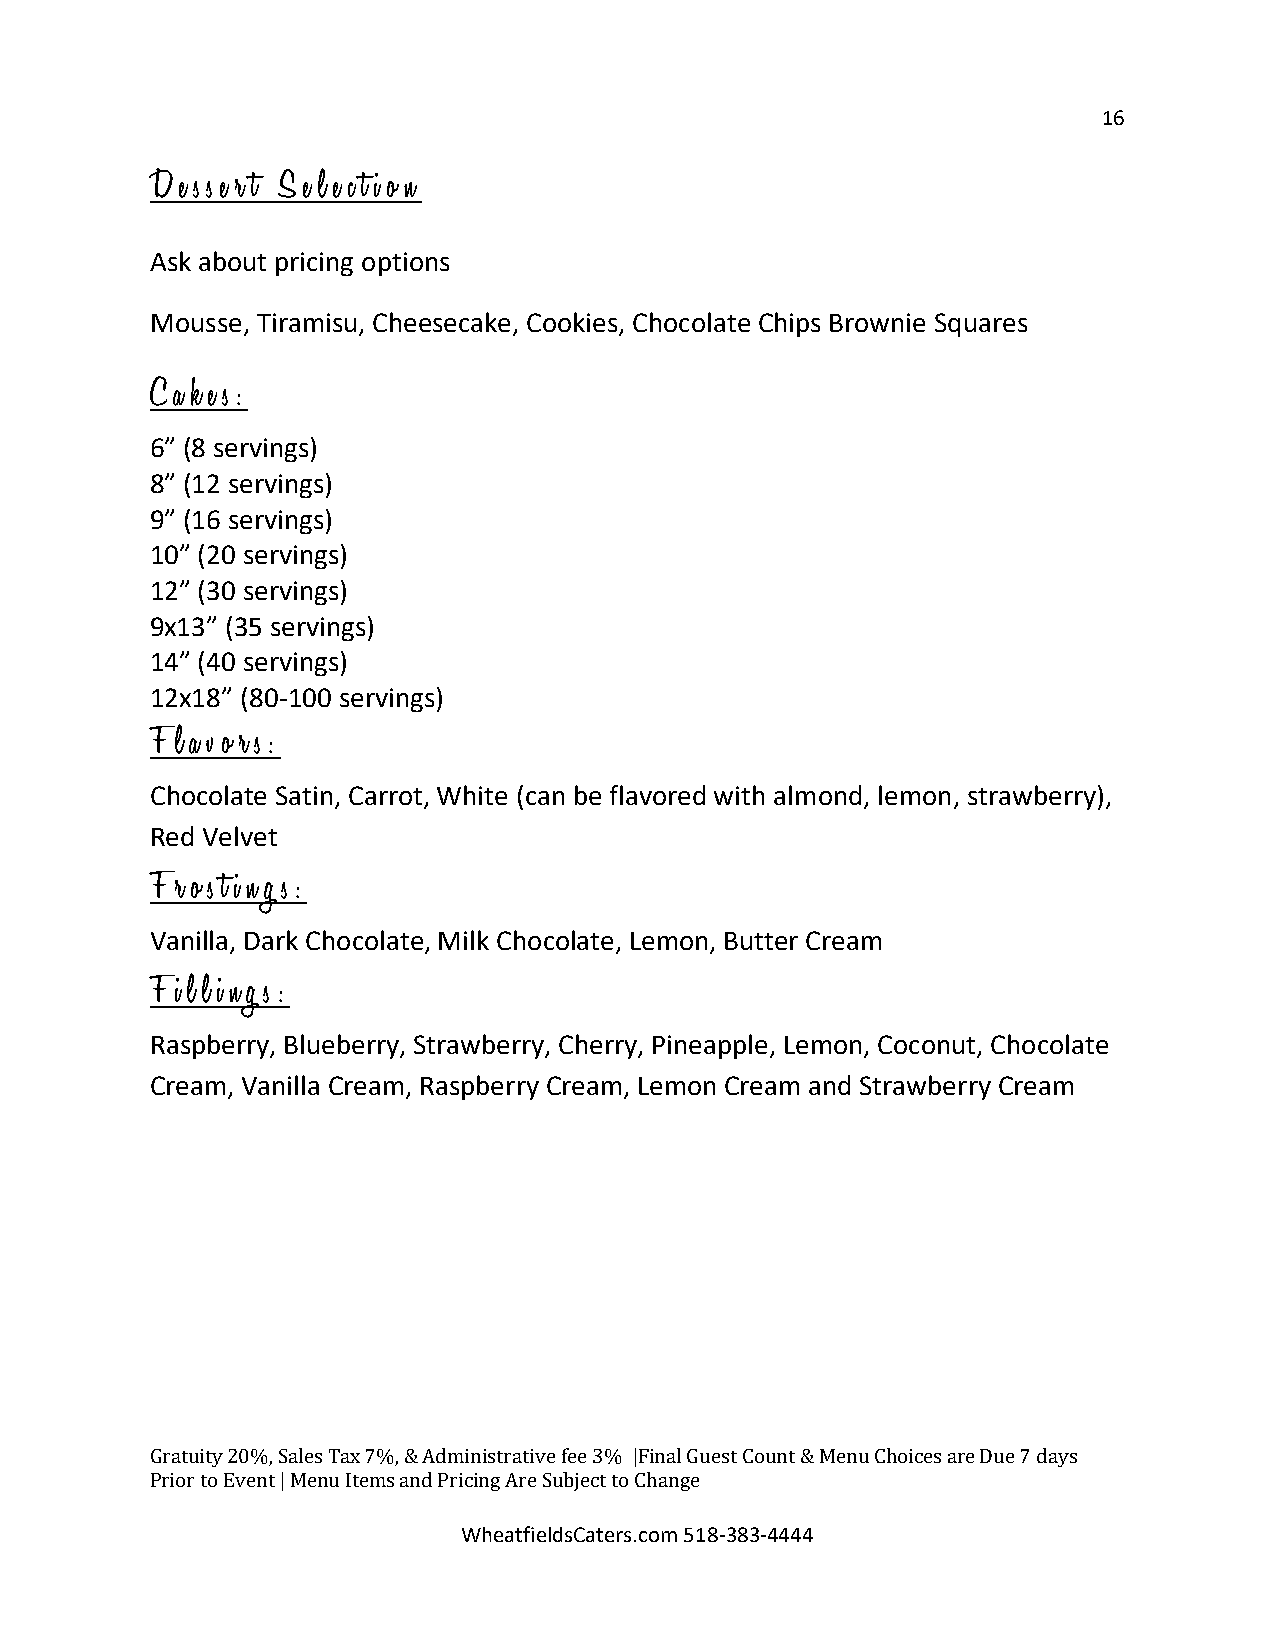
16
 D e s s e r t S e l e c t i o n
 Ask about pricing options
 Mousse, Tiramisu, Cheesecake, Cookies, Chocolate Chips Brownie Squares
 C a k e s :
 6” (8 servings)
 8” (12 servings)
 9” (16 servings)
 10” (20 servings)
 12” (30 servings)
 9x13” (35 servings)
 14” (40 servings)
 12x18” (80-100 servings)
 F l a v o r s :
 Chocolate Satin, Carrot, White (can be flavored with almond, lemon, strawberry),
 Red Velvet
 F r o s t i n g s :
 Vanilla, Dark Chocolate, Milk Chocolate, Lemon, Butter Cream
 F i l l i n g s :
 Raspberry, Blueberry, Strawberry, Cherry, Pineapple, Lemon, Coconut, Chocolate
 Cream, Vanilla Cream, Raspberry Cream, Lemon Cream and Strawberry Cream
 G ratuity 20%, Sales Tax 7%, & Administrative fee 3% |Final Guest Count & Menu Choices are Due 7 days
 Prior to Event | Menu Items and Pri Wcin hg
 e
 aA tr fe
 ie
 S ldub sCje ac tt
 e
 t ro
 s
 .C ch oa mn g 5e
 1 8 -383-4444